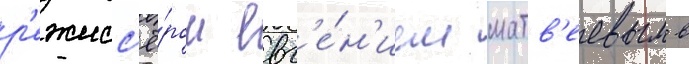
р'ежисс'ё́ром евг'е́н'ием матв'еевым в